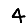
Digit: 4